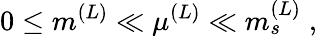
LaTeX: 0\leq m^{(L)}\ll\mu^{(L)}\ll m_{s}^{(L)}\; ,